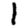
Digit: 1